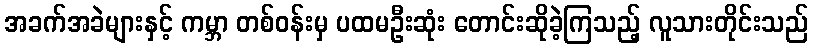
အခက်အခဲများနှင့် ကမ္ဘာ တစ်ဝန်းမှ ပထမဦးဆုံး တောင်းဆိုခဲ့ကြသည့် လူသားတိုင်းသည်